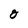
Character: O